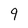
Character: 9